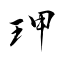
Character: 玾